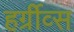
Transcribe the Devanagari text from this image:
हर्ग्रीव्स